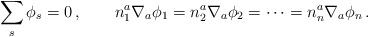
\begin{align*}\sum_s \phi_s = 0 \, , \qquad n^a_1 \nabla_a \phi_1 = n^a_2 \nabla_a \phi_2 =\cdots = n^a_n \nabla_a \phi_n \, . \end{align*}